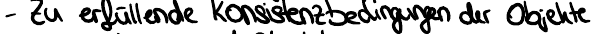
- Zu erfüllende Konsistenzbedingungen der Objekte